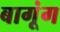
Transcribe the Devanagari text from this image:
बागूंग